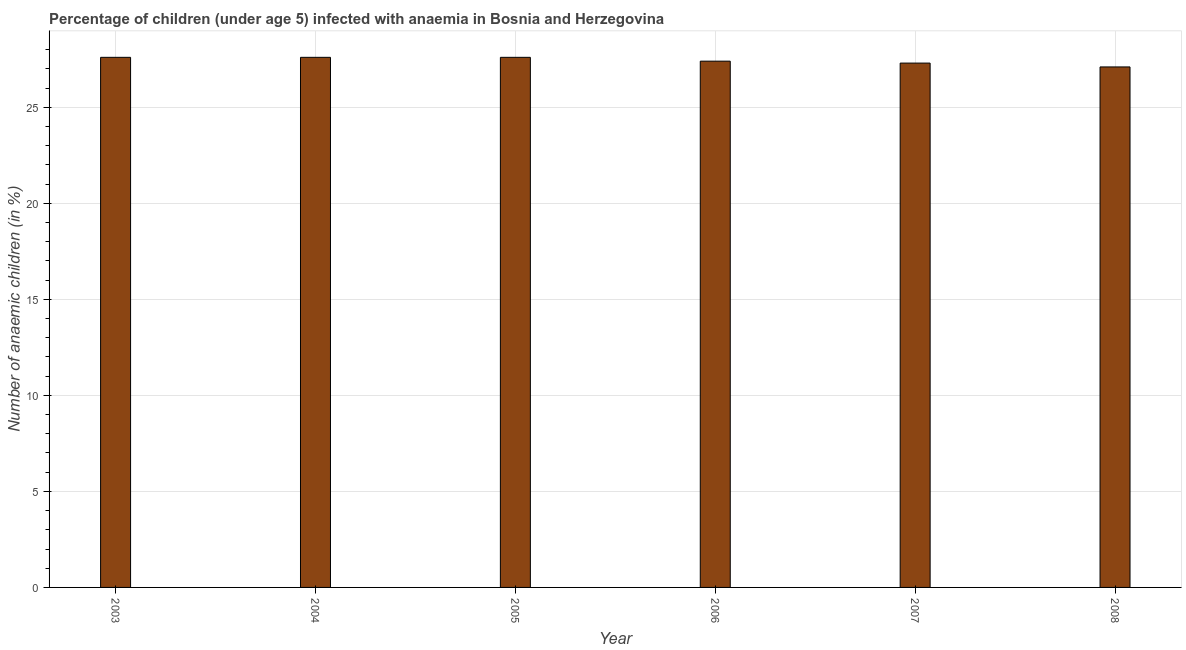
| Year | Prevalence of anemia among children |
 | --- | --- |
 | 2003 | 27.6 |
 | 2004 | 27.6 |
 | 2005 | 27.6 |
 | 2006 | 27.4 |
 | 2007 | 27.3 |
 | 2008 | 27.1 |